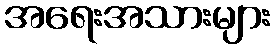
အရေးအသားများ